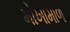
મોખામાળ